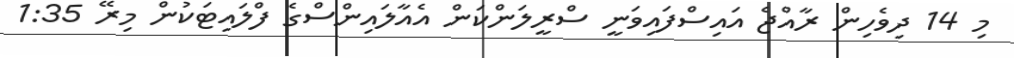
މި 14 ދިވެހިން ރާއްޖެ އައިސްފައިވަނީ ސްރީލަންކަން އެއާލައިންސްގެ ފްލައިޓަކުން މިރޭ 1:35